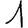
Digit: 1